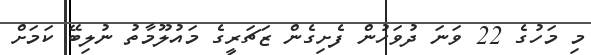
މި މަހުގެ 22 ވަނަ ދުވަހުން ފެށިގެން ޒަޗަރީގެ މައުލޫމާތު ނުލިބޭ ކަމަށް